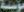
مؤسسة